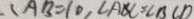
\angle A B = 1 0 , \angle A B C = \angle B C D